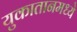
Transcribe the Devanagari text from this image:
युकातानमध्ये